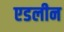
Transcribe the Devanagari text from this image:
एडलीन